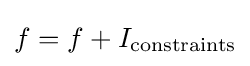
f=f+I_{\mathrm {constraints} }